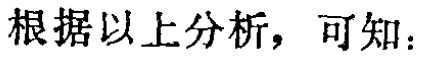
根据以上分析，可知：